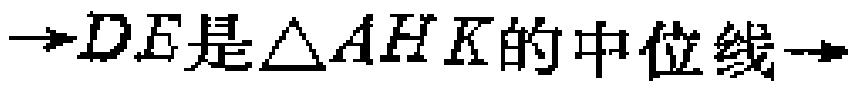
$\rightarrow DE是\triangle AHK的中位线\rightarrow$